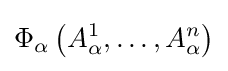
\Phi _{\alpha }\left({A_{\alpha }^{1},\ldots ,A_{\alpha }^{n}}\right)